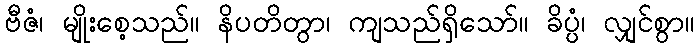
ဗီဇံ၊ မျိုးစေ့သည်။ နိပတိတွာ၊ ကျသည်ရှိသော်။ ခိပ္ပံ၊ လျှင်စွာ။